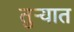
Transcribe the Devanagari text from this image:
तुऱ्यात